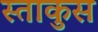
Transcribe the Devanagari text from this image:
स्ताकुस